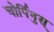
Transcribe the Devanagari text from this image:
चोर्पिनुस्